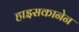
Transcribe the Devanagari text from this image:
हाइसकानेन